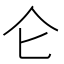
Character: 仑